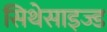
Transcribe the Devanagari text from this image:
सिथेसाइज्ड